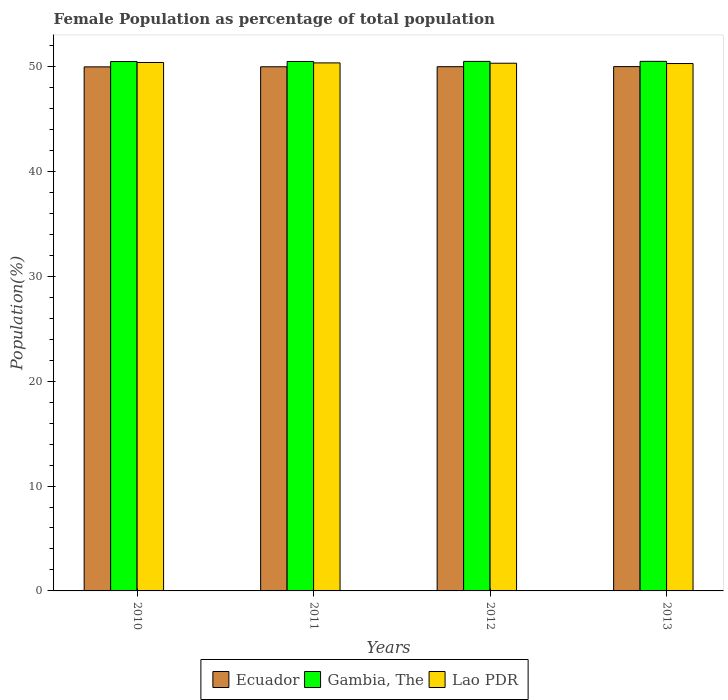
| Years | Ecuador | Gambia, The | Lao PDR |
 | --- | --- | --- | --- |
 | 2010 | 50 | 50.5 | 50.4 |
 | 2011 | 50 | 50.5 | 50.3 |
 | 2012 | 50 | 50.5 | 50.3 |
 | 2013 | 50 | 50.5 | 50.3 |